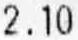
2.10